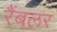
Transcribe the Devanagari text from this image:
रैंबलर